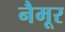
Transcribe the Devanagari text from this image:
नैमूर